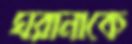
ঘরানাকে